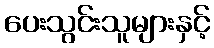
ပေးသွင်းသူများနှင့်